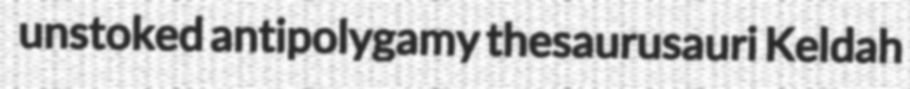
unstoked antipolygamy thesaurusauri Keldah